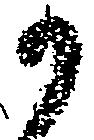
か